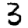
Digit: 3